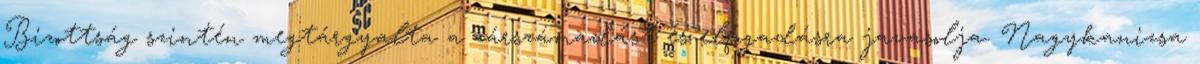
Bizottság szintén megtárgyalta a zárszámadást és elfogadásra javasolja. Nagykanizsa